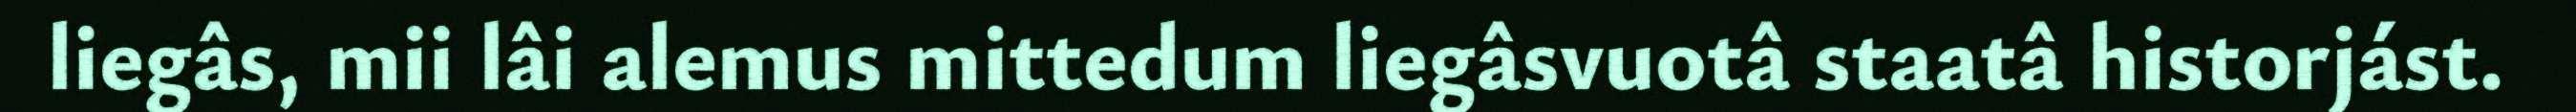
liegâs, mii lâi alemus mittedum liegâsvuotâ staatâ historjást.